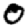
Digit: 0